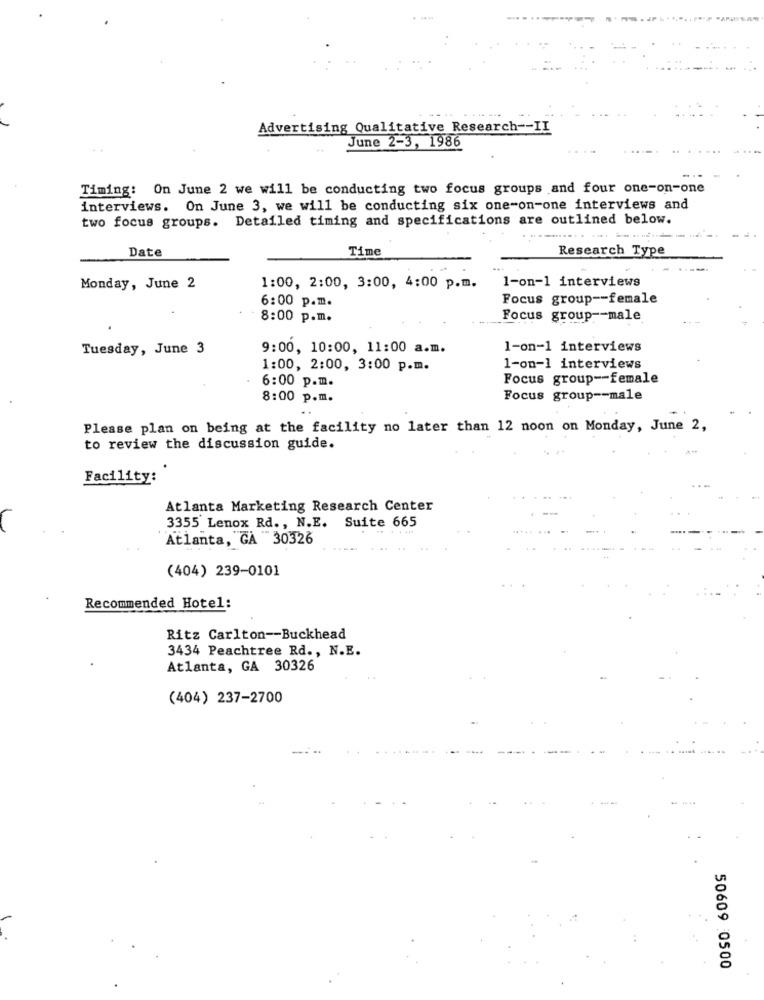
Advertising Qualitative Research -- II
June 2-3, 1986
Timing: On June 2 we will be conducting two focus groups and four one-on-one
interviews. On June 3, we will be conducting six one-on-one interviews and
two focus groups. Detailed timing and specifications are outlined below.
...... ... .....
Date
Time
Research Type
1-on-1 interviews
Monday, June 2
1:00, 2:00, 3:00, 4:00 p.m.
6:00 p.m.
Focus group -- female
8:00 p.m.
Focus group -- male
Tuesday, June 3
9:00, 10:00, 11:00 a.m.
1-on-1 interviews
1:00, 2:00, 3:00 p.m.
1-on-1 interviews
6:00 p.m.
Focus group -- female
8:00 p.m.
Focus group -- male
Please plan on being at the facility no later than 12 noon on Monday, June 2,
to review the discussion guide.
Facility:
Atlanta Marketing Research Center
3355 Lenox Rd ., N.E. Suite 665
Atlanta, GA 30326
(404) 239-0101
Recommended Hotel:
Ritz Carlton -- Buckhead
3434 Peachtree Rd ., N.E.
Atlanta, GA 30326
(404) 237-2700
50609 0500